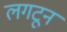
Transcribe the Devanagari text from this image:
लगटून